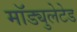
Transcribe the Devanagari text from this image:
मॉड्युलेटेड